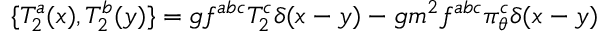
\{ T _ { 2 } ^ { a } ( x ) , T _ { 2 } ^ { b } ( y ) \} = g f ^ { a b c } T _ { 2 } ^ { c } \delta ( x - y ) - g m ^ { 2 } f ^ { a b c } \pi _ { \theta } ^ { c } \delta ( x - y )